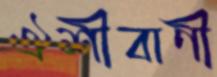
ঐশীবাণী